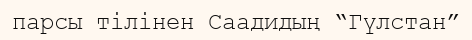
парсы тілінен Саадидың “Гүлстан”